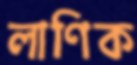
লাণিক